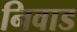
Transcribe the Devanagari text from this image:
निवाड